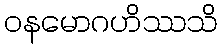
ဝနမောဂဟိဿသိ